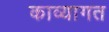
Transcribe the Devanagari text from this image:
काव्यागत